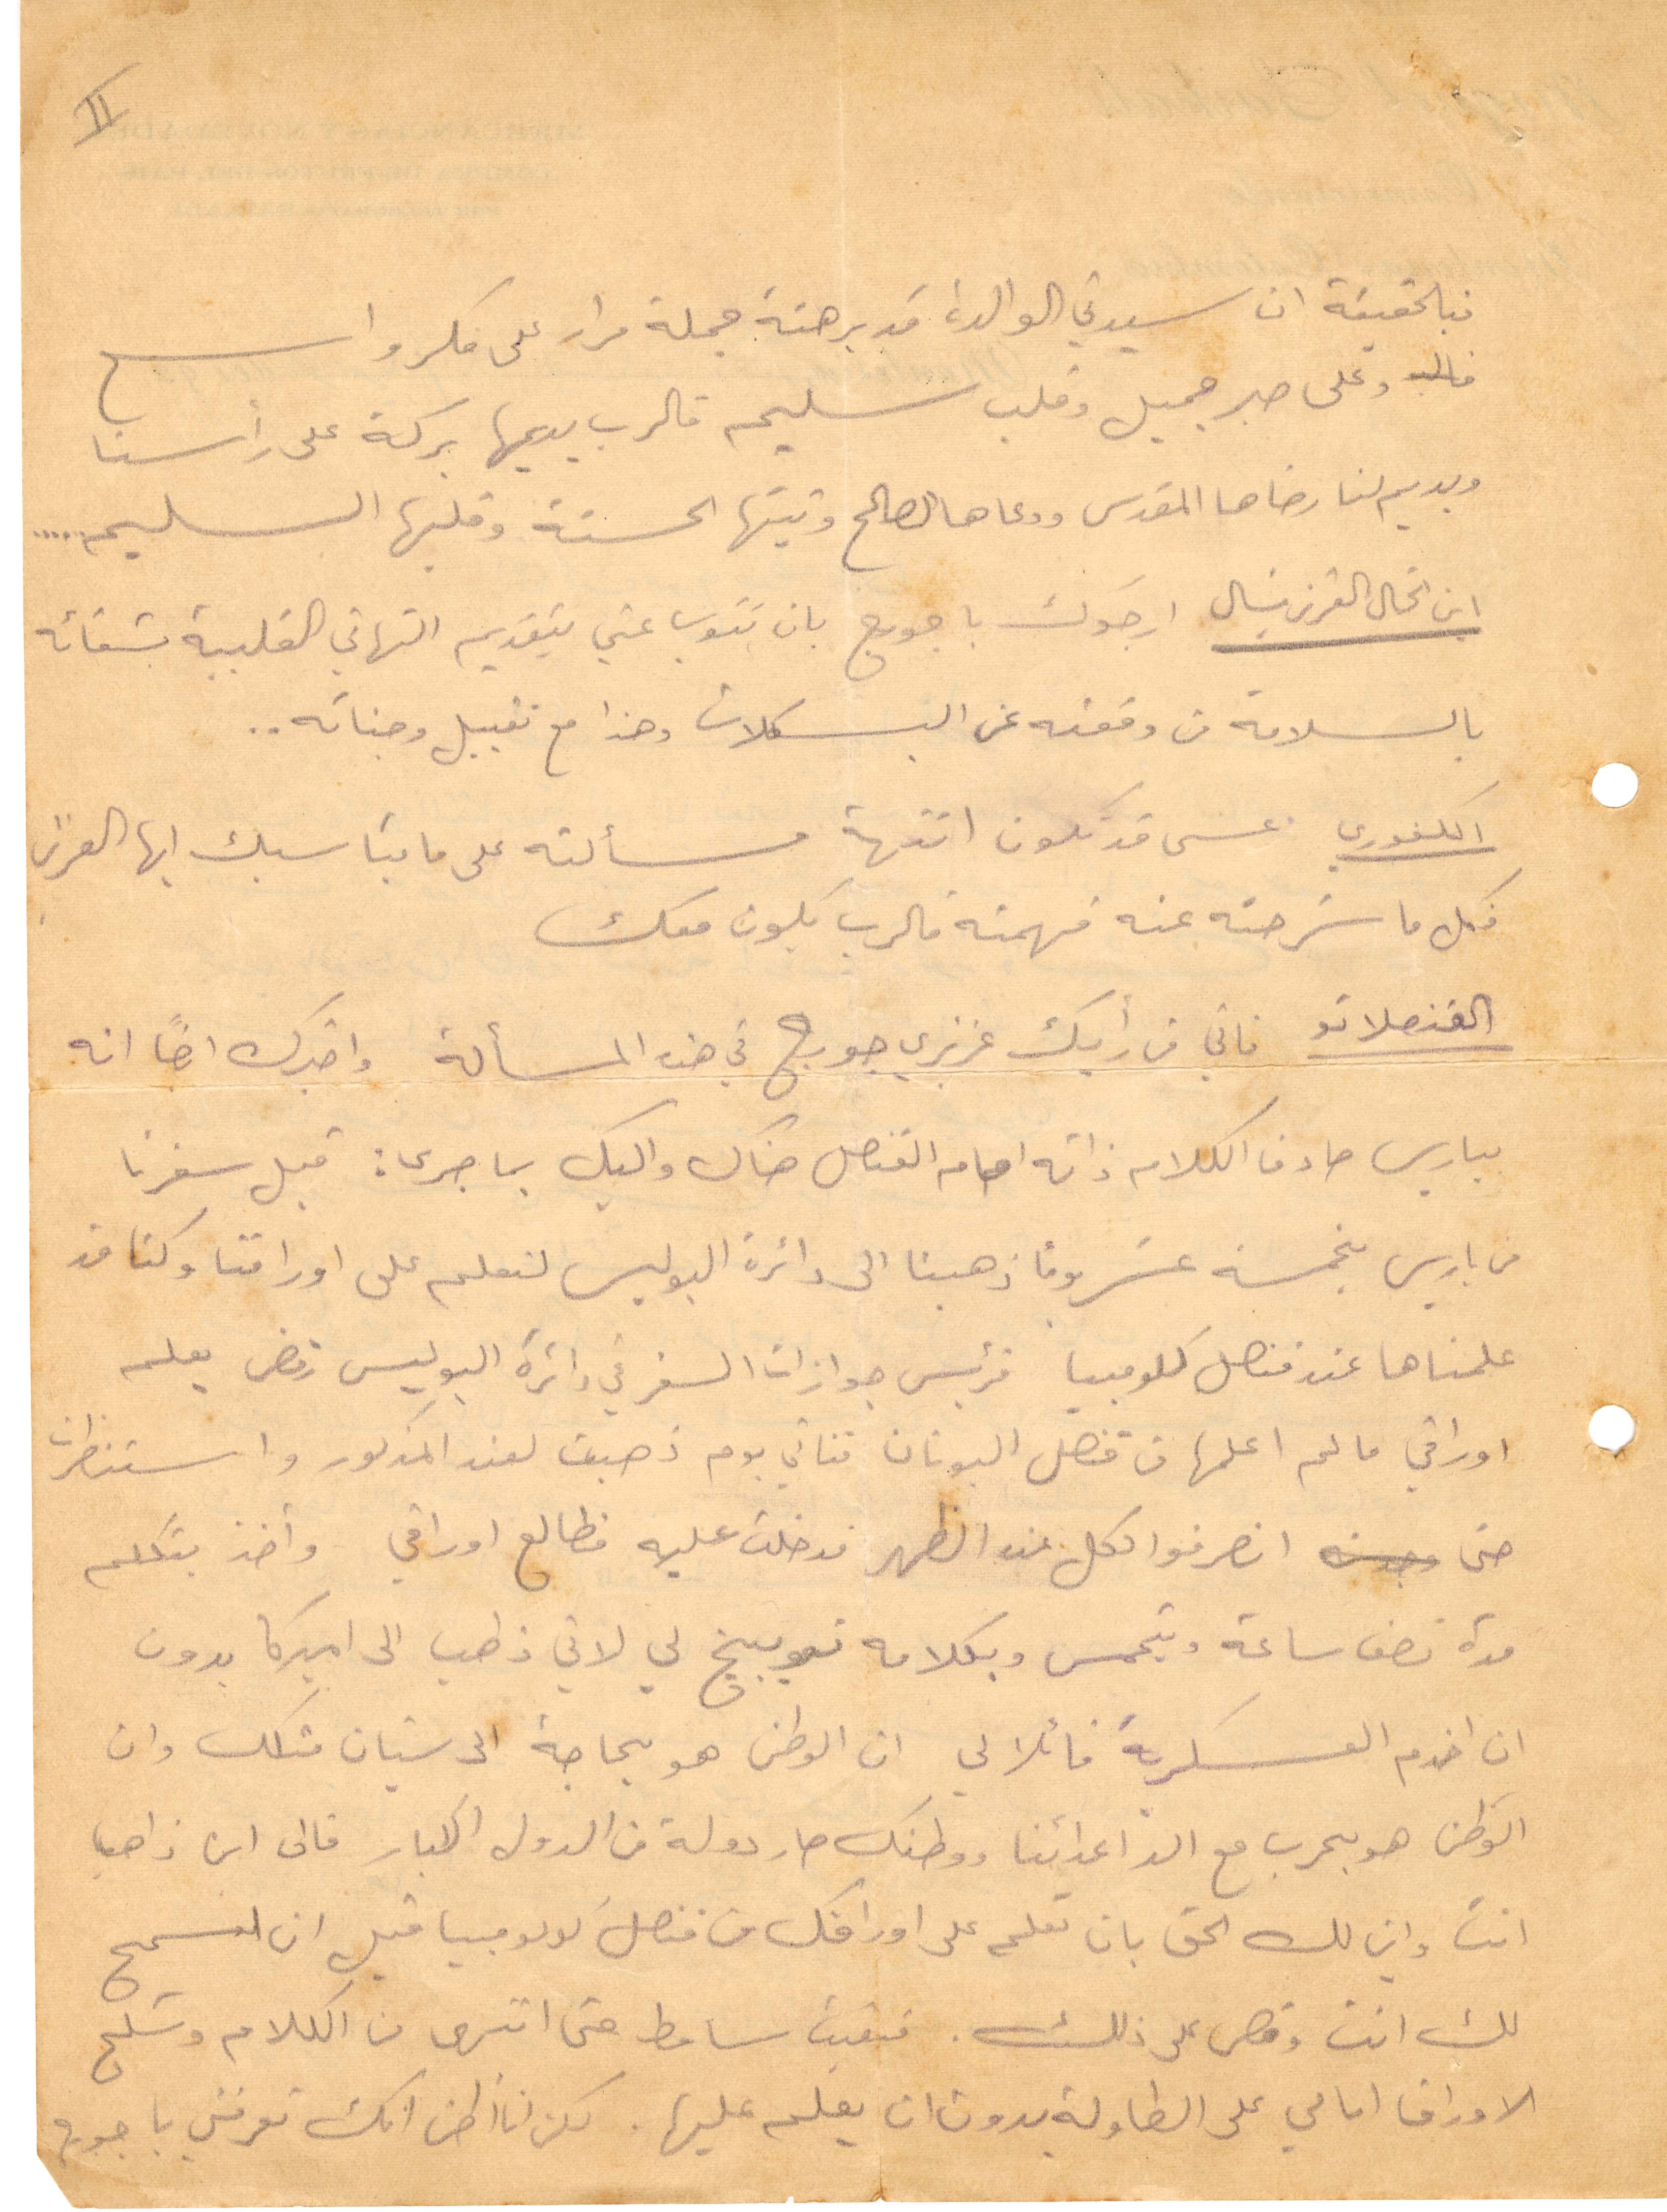
فبالحقيقة ان سيديت الوالدة قد برهنة جملة مرار على فكر واسع
وعلى صبر جميل وقلب سليم فالرب يديمها بركة على رأسنا
ويديم لنا رضاها المقدس ودعاها الصالح ونيتها الحسنة وقلبها السليم...
ابن الخال العزيز ميشال ارجوك يا جورج بان تنوب عني بتقديم التهاني القلبية بشفائه
بالسلامة من وقعته عن البسكلات وهذا مع تقبيل وجناته..
الكفوري عسى قد تكون انتهت مسألته على ما يناسبك أيها العزيز
فكل ما شرحته عنه فهمته فالرب يكون معك
القنصلاتو فاني من رأيك عزيزي جورج في هذه المسألة واخبرك ايضًا انه
بباريس صادف الكلام ذاته امام القنصل هناك واليك بما جرى: قبل سفرنا
من باريس بخمسة عشر يومًا ذهبنا الى دائرة البوليس لنعلم على اوراقنا وكنا قد
علمناها عند قنصل كولومبيا فرئيس جوازات السفر في دائرة البوليس رفض يعلم
وراقي ما لم اعلمها من قنصل اليونان فتاني يوم ذهبت لعند المذكور واستنظرت
حتى انصرفوا الكل عند الظهر فدخلت عليه فطاله اوراقي واخذ يتكلم
مدة نصف ساعة ويتحمس بكلامه توبيخ لي لاني ذاهب الى اميركا بدون
ان اخدم العشكرية قائلًا ان الوطن هو بحاجة الى شبان مثلك وان
الوطن هو بحرب مع الد اعدائنا ووطنك صار دولة من الدولة الكبير غالى اين ذاهب
انت وأين لك الح بان تعلم على اوراقك من قنصل كولومبيا قبل ان تسمح
لك انت وقص على ذلك. فبقيت سامطًا حتى انتهى من الكلام وشلح
الأوراق امامي على الطاولة بدون ان يعلم عليها. لكن انا انظن انك تعرفني يا جورج